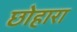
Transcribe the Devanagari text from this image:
छोहारा